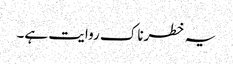
یہ خطرناک روایت ہے۔